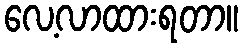
လေ့လာထားရတာ။